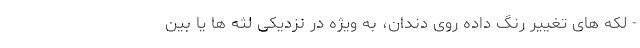
- لکه های تغییر رنگ داده روی دندان، به ویژه در نزدیکی لثه ها یا بین